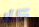
كلا